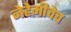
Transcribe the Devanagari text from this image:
नेहेमीचेच